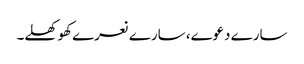
سارے دعوے، سارے نعرے کھوکھلے۔